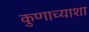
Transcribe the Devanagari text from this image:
कुणाच्याशा